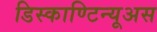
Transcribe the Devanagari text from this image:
डिस्काण्टिन्यूअस